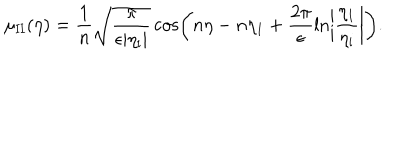
\mu _ { \mathrm { I I } } ( \eta ) = \frac { 1 } { n } \sqrt { \frac { \pi } { \epsilon \vert \eta _ { \mathrm { i } } \vert } } \cos \biggl ( n \eta - n \eta _ { 1 } + \frac { 2 \pi } { \epsilon } \ln \biggl \vert \frac { \eta _ { 1 } } { \eta _ { \mathrm { i } } } \biggr \vert \biggr ) .